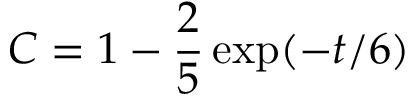
C = 1 - \frac { 2 } { 5 } \exp ( - t / 6 )